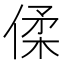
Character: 㑱